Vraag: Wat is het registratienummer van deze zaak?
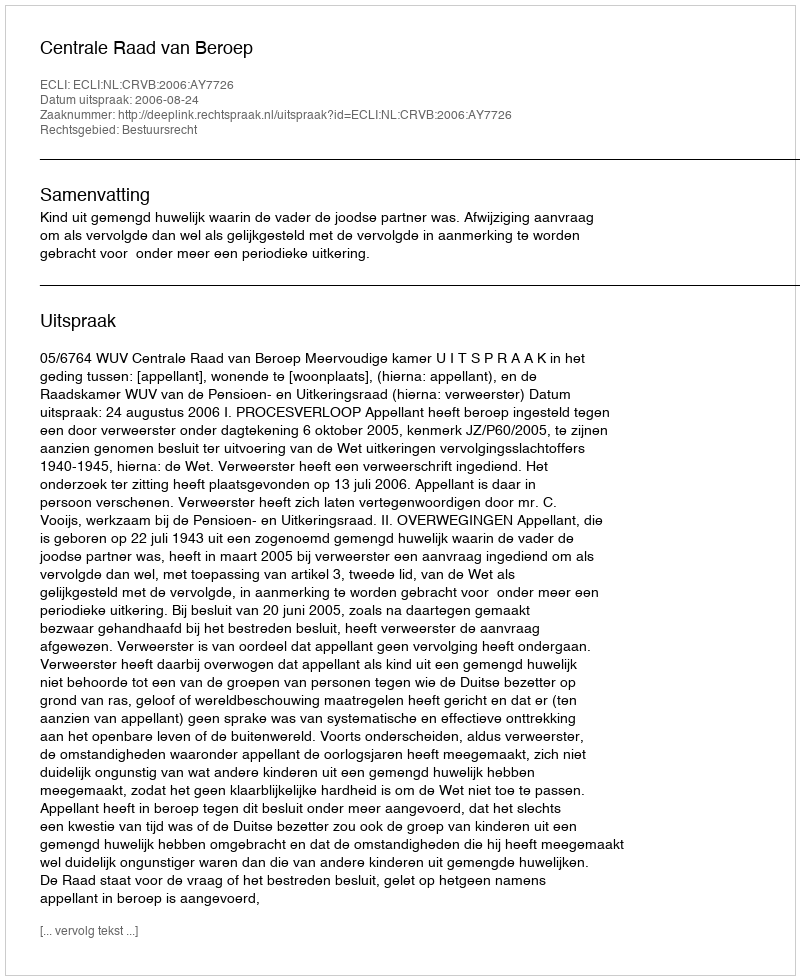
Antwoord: http://deeplink.rechtspraak.nl/uitspraak?id=ECLI:NL:CRVB:2006:AY7726